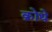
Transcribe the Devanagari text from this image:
क्रोधे